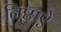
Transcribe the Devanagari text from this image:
निष्ठाऐ